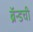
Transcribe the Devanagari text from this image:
ब्रॅन्डची